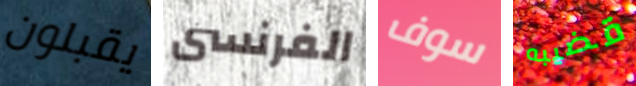
يقبلون الفرنسى سوف قضيبه